Lunatic asylums in Bengal annual reports 1888-1898 - 1888-1898
Year: 1888
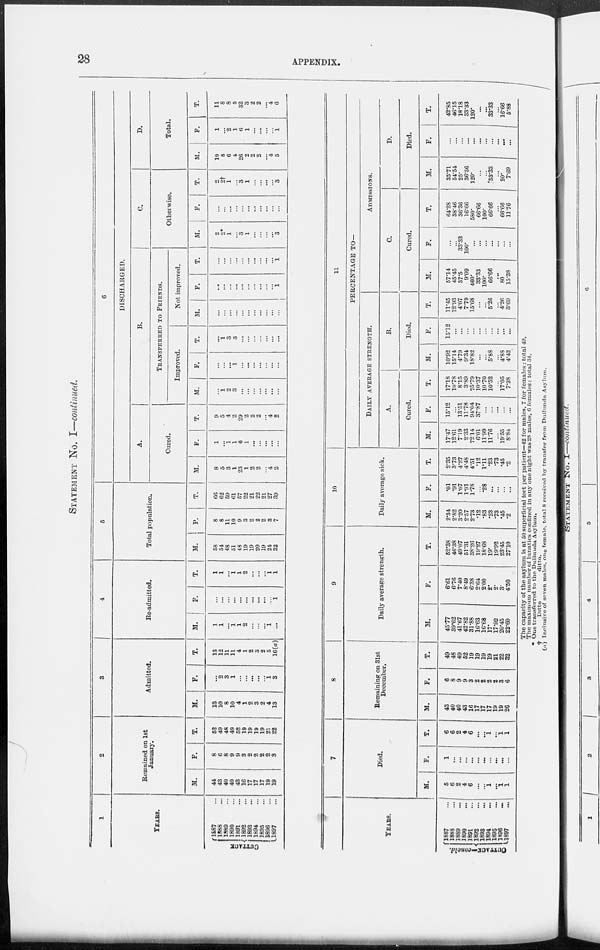
28
APPENDIX.
STATEMENT No. I—continued.
1
YEARS.
CUTTACK
1887 ...
1888 ...
1889 ...
1890 ...
1891 ...
1892 ...
1893 ...
1894 ...
1895 ...
1896 ...
1897 ...
2
Remained on 1st
January.
M.
44
43
40
40
43
16
17
17
17
19
19
F.
8
6
8
9
9
3
2
2
2
2
3
T.
52
49
48
49
52
19
19
19
19
21
22
3
Admitted.
M.
13
10
8
10
4
1
2
3
2
4
13
F.
...
2
3
1
...
...
...
...
...
1
3
T.
13
12
11
11
4
1
2
3
2
5
16(a)
4
Re-admitted.
M.
1
1
...
1
1
2
...
...
...
1
...
F.
...
...
...
...
...
...
...
...
...
...
1
T.
1
1
...
1
1
2
...
...
...
1
1
5
Total population.
M.
58
54
48
51
48
19
19
20
19
24
32
F.
8
8
11
10
9
3
2
2
2
3
7
T.
66
62
59
61
57
22
21
22
21
27
39
6
DISCHARGED.
A.
Cured.
M.
8
5
3
1
23
1
2
2
...
4
2
F.
1
...
1
1
6
1
...
...
...
...
...
T.
9
5
4
2
29
2
2
2
...
4
2
B.
TRANSFERRED TO FRIENDS.
Improved.
M.
...
1
2
3
...
...
...
...
...
...
...
F.
...
...
...
1
...
...
...
...
...
...
...
T.
...
1
3
3
...
...
...
...
...
...
...
Not improved.
M.
...
...
...
...
...
...
...
...
...
...
...
F.
...
...
...
...
...
...
...
...
...
...
1
T.
...
...
...
...
...
...
...
...
...
...
1
C.
Otherwise.
M.
2
2.
1
...
3
1
...
...
...
...
3
F.
...
...
...
...
...
...
...
...
...
...
...
T.
2
2†
1
...
3
1
...
...
...
...
3
D.
Total.
M.
10
8
6
4
26
2
2
2
...
4
5
F.
1
...
2
1
6
1
...
...
...
...
1
T.
11
8
8
5
32
3
2
2
...
4
6
YEARS.
CUTTACK—concld.
1887 ...
1888 ...
1889 ...
1890 ...
1891 ...
1892 ...
1893 ...
1894 ...
1895 ...
1896 ...
1897 ...
7
Died.
M.
5
6
2
4
6
...
...
1
...
1
1
F.
1
...
...
...
...
...
...
...
...
...
...
T.
6
6
2
4
6
...
...
1
...
1
1
8
Remaining on 31st
December.
M.
43
40
40
43
16
17
17
17
19
19
26
F.
6
8
9
9
3
2
2
2
2
3
6
T.
49
48
49
52
19
19
19
19
21
22
32
9
Daily average strength.
M.
45.77
39.62
41.67
42.82
31.88
16.63
16.68
17.
17.92
20.45
22.60
F.
6.61
6.76
7.40
8.49
6.38
2.64
2.00
2.
2.
3.
4.50
T.
52.38
46.38
49.07
51.31
38.26
19.27
18.68
19.
19.92
23.45
27.10
10
Daily average sick.
M.
2.34
2.82
3.20
2.57
2.73
.12
.83
.23
.73
.45
.2
F.
.01
.91
1.07
1.91
1.78
...
.28
...
...
...
...
T.
2.35
3.73
4.27
4.48
4.51
.12
1.11
.23
.73
.45
.2
11
PERCENTAGE TO—
DAILY AVERAGE STRENGTH.
A.
Cured.
M.
17.47
12.61
7.19
2.33
72.14
6.01
11.99
11.76
...
19.55
8.84
F.
15.12
...
13.51
11.78
94.04
37.87
...
...
...
...
...
T.
17.18
10.78
8.15
3.89
75.79
10.37
10.70
10.52
...
17.05
7.38
B.
Died.
M.
10.92
15.14
4.79
9.34
18.82
...
...
5.88
...
4.88
4.42
F.
15.12
...
...
...
...
...
...
...
...
...
...
T.
11.45
12.93
4.07
7.79
15.68
...
...
5.26
...
4.26
3.69
ADMISSIONS.
C.
Cured.
M.
57.14
45.45
37.5
9.09
460.
33.33
100.
66.66
...
80
15.38
F.
...
...
33.33
100.
...
...
...
...
...
...
...
T.
64.28
38.46
36.36
16.66
580.
66.66
100.
66.66
...
66.66
11.76
D.
Died.
M.
35.71
54.54
25.
36.36
120.
...
...
33.33
...
20.
7.69
F.
...
...
...
...
...
...
...
...
...
...
...
T.
42.85
46.15
18.18
33.33
120.
...
...
33.33
...
16.66
5.88
The capacity of the asylum is at 50 superficial feet per patient—42 for males, 7 for females : total 49.
The maximum number of lunatics confined in any one night was 28 males, 6 females : total 34.
* One transferred to the Dullunda Asylum.
†
Ditto
ditto.
(a) Inclusive of seven males, one female, total 8 received by transfer from Dullunda Asylum.